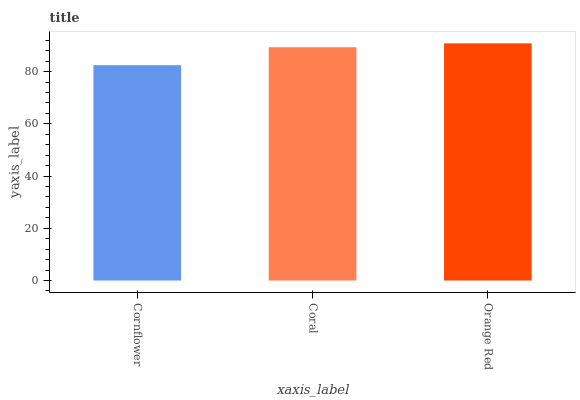
| xaxis_label | bars |
 | --- | --- |
 | Cornflower | 82.5 |
 | Coral | 89.3 |
 | Orange Red | 90.8 |